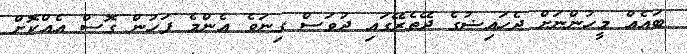
ބައެއް މީހުންނަށް ދެހައިޟުގެ ދޭތެރޭގައި ދުވަސް ގިނަވެ އެންމެ ފަހުން ގޮސް އެއްކޮށް